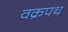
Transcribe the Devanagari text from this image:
वक्रपथ